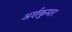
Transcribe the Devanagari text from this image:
अर्शकुमार